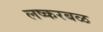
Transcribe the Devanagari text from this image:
लष्करबळ